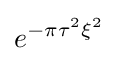
e^{-\pi \tau ^{2}\xi ^{2}}